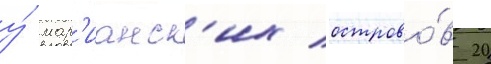
у́ мар'ианск'их острово́в 20